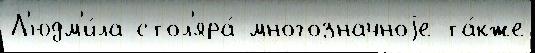
Л'юдм'и́ла стол'яра́ многозначноjе та́кже